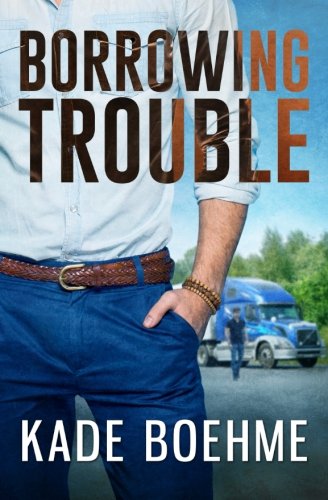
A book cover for Borrowing Trouble; Kade Boehme; Romance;